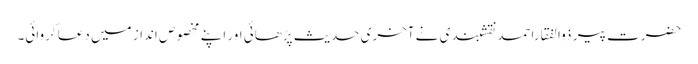
حضرت پیر ذوالفقاراحمد نقشبندی نے آخری حدیث پڑھائی اور اپنے مخصوص انداز میں دعا کروائی۔